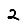
Digit: 2